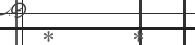
*     *